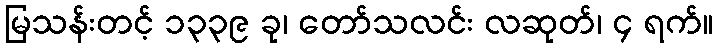
မြသန်းတင့် ၁၃၃၉ ခု၊ တော်သလင်း လဆုတ်၊ ၄ ရက်။